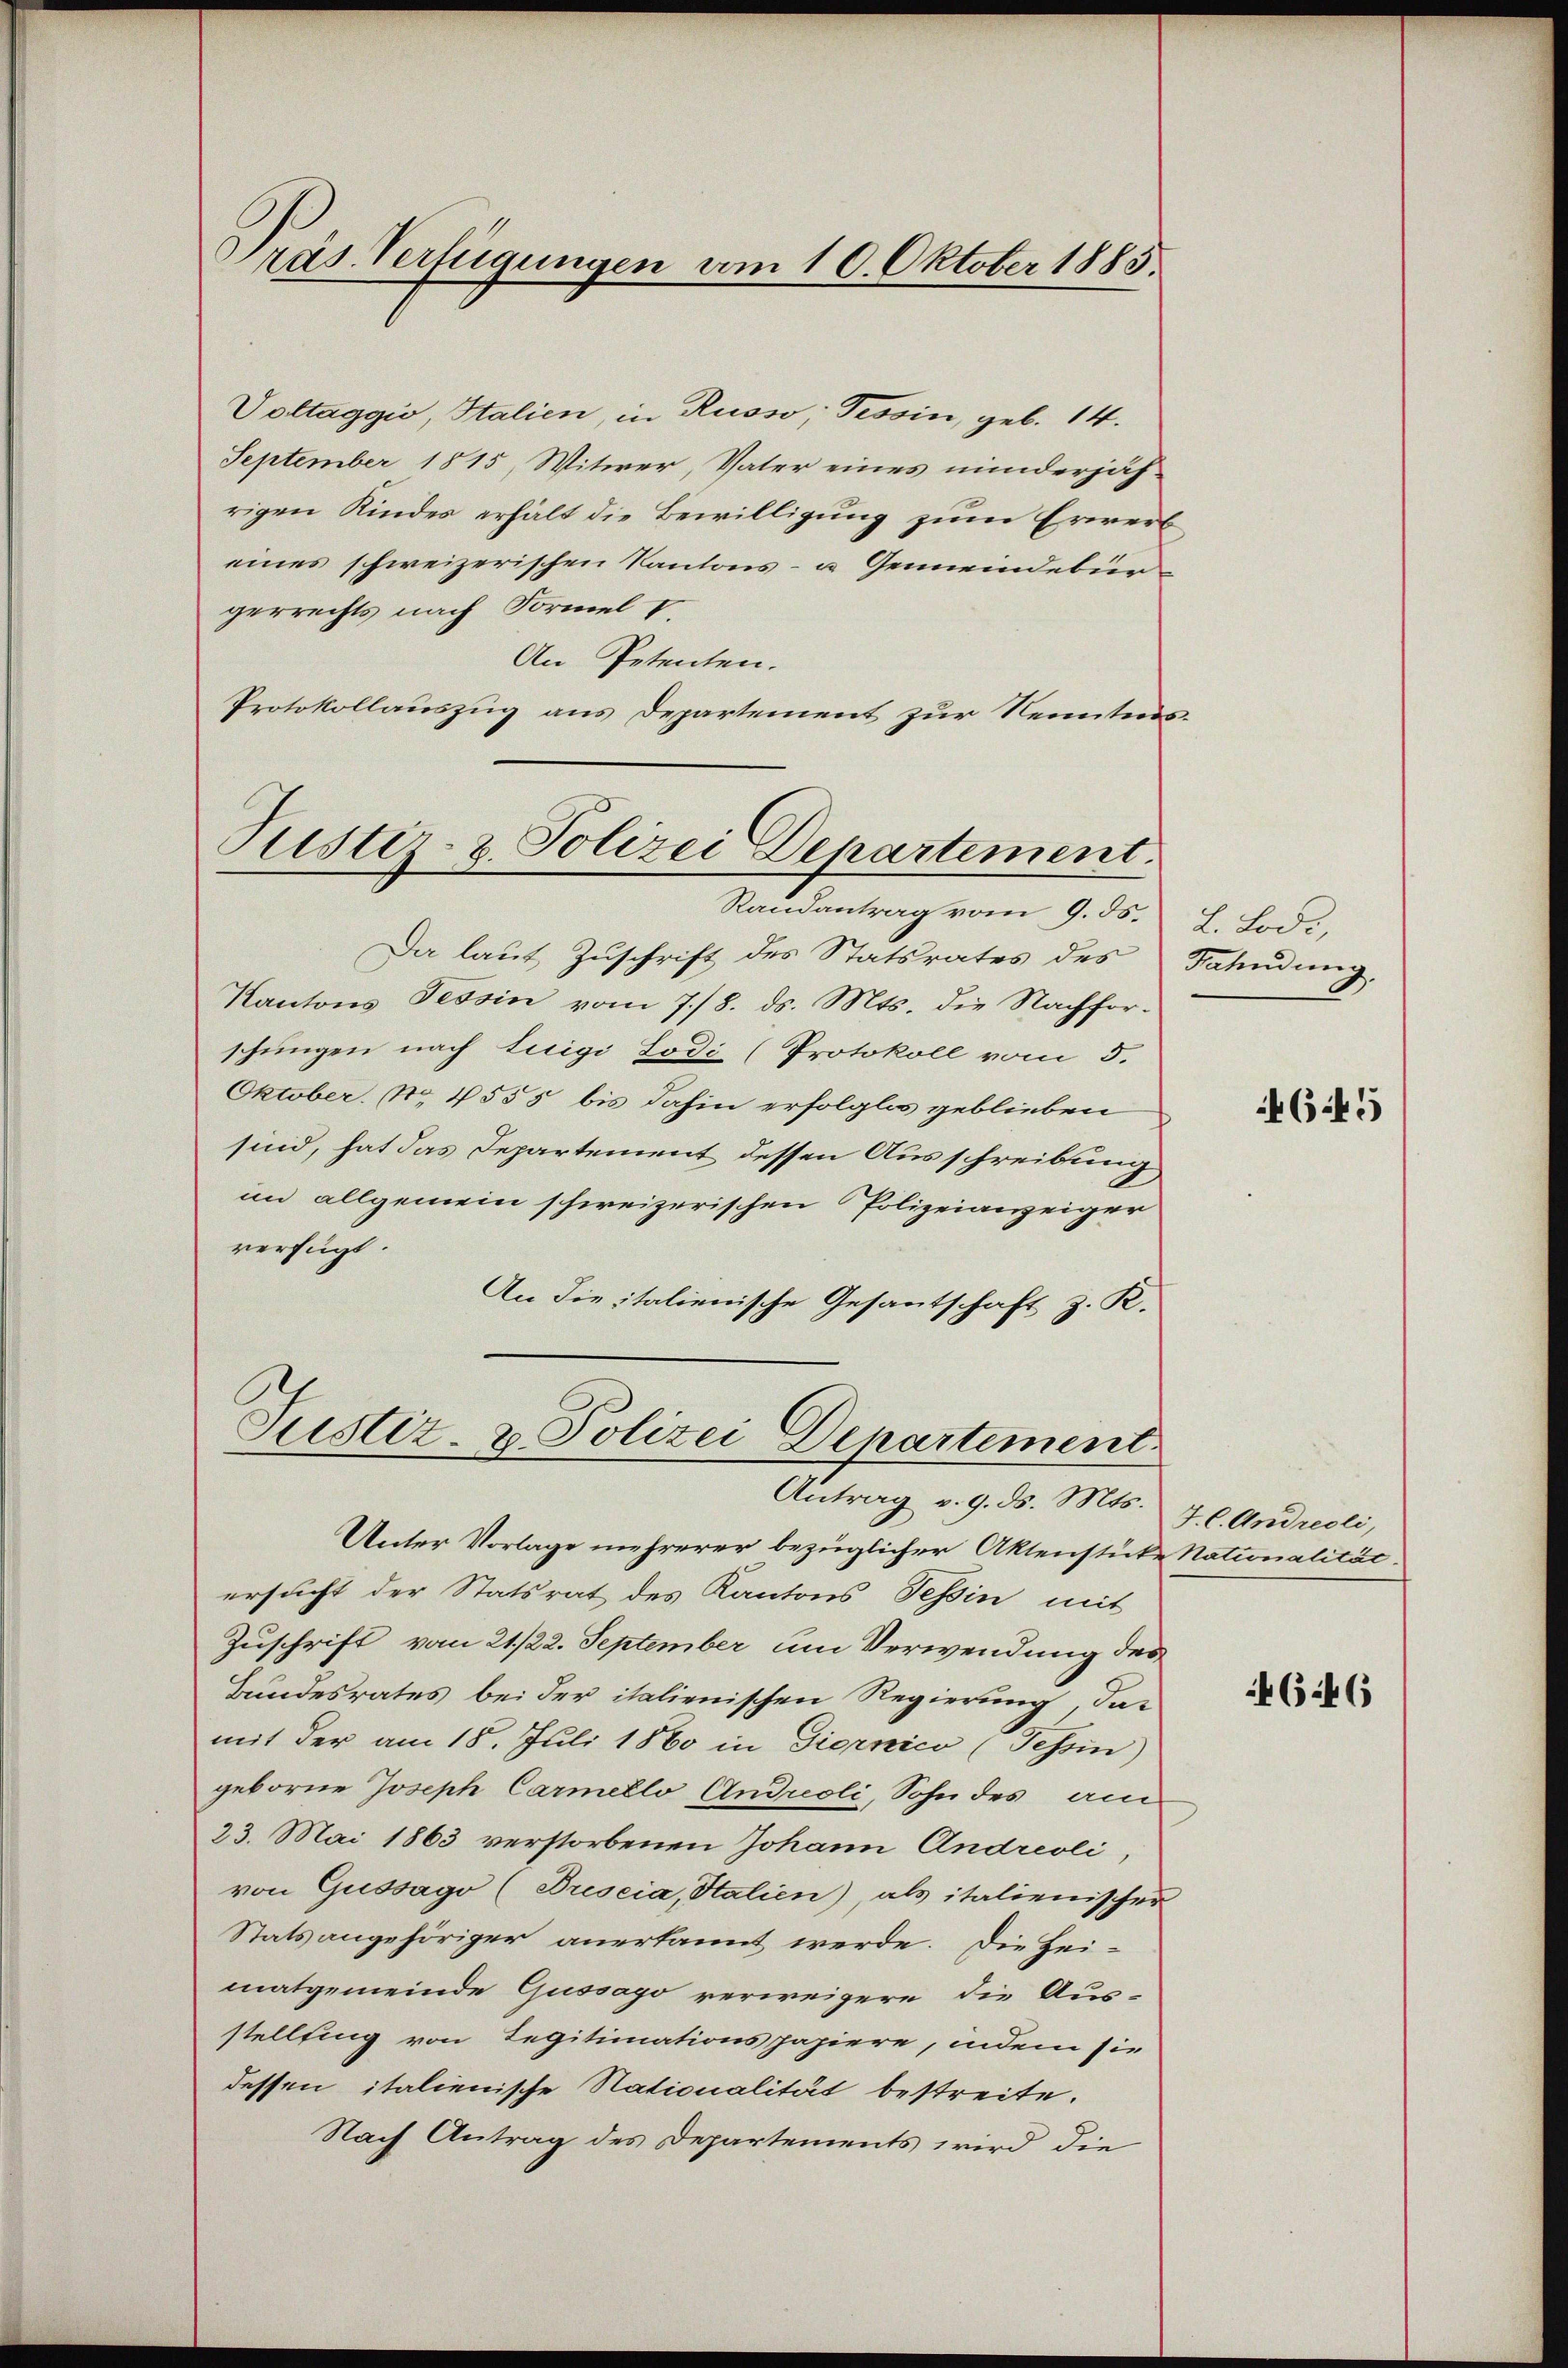
räs. Verfügungen vom 10. Oktober 1885.

Voltaggio, Italien, in Russo; Tessin, geb. 14.
September 1815, Witwer, Vater eines minderjäh-
rigen Kindes erhält die Bewilligung zum Erwerb
eines schweizerischen Kantons- u Gemeindebürgerrechts nach Formel V.
An Petenten.
Protokollauszug aus Departement zur Kenntnis.

Justiz- & Polizei Departement
Randantrag vom 9. ds.

Da laut Zuschrift des Statsrates des
Kantons Tessin vom 7./8. ds. Mts. die Nachforschungen nach Luigi Lodi (Protokoll vom 5.
Oktober. No. 4555 bis dahin erfolglos geblieben
sind, hat das Departement dessen Ausschreibung,
im allgemein schweizerischen Polizeianzeiger
verfügt.
An die italienische Gesantschaft z. K.

Justiz- & Polizei Departement
Antrag v. 9. ds. Mts.

Unter Vorlage mehrerer bezüglicher Aktenstücke Nationalität.
ersucht der Statsrat des Kantons Tessin mit
Zuschrift vom 21./22. September um Verwendung des
Bundesrates bei der italienischen Regierung, das
mit der am 18. Juli 1860 in Giornico (Tessin)
geborne Joseph Carmello Andreoli, Sohn des am
23. Mai 1863 verstorbenen Johann Andreoli
von Gussago (Brescia, Stalien), als italienischer
Stats angehöriger anerkannt werde. Die Hei-
matgemeinde Gussago verweigere die Aus-
stellfing von Legitimationspapiere, indem sie
dessen italienische Nationalität bestreite.
Nach Antrag des Departements wird die

L. Lod.,
Fahndung.

4645

J. C. Andreoli,

4646